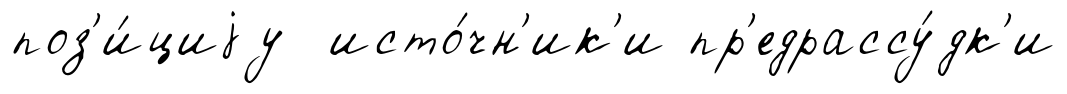
поз'и́циjу исто́чн'ик'и пр'едрассу́дк'и